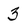
Character: 3